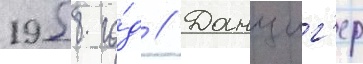
1958 го́д // Данциг'ер